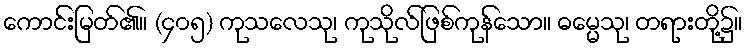
ကောင်းမြတ်၏။ (၄၀၅) ကုသလေသု၊ ကုသိုလ်ဖြစ်ကုန်သော။ ဓမ္မေသု၊ တရားတို့၌။